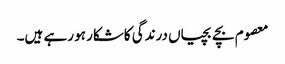
معصوم بچے بچیاں درندگی کاشکار ہو رہے ہیں۔